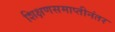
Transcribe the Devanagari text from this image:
शिक्षणसमाप्तीनंतर